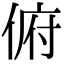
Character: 俯